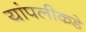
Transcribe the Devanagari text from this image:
यांपलीकडे